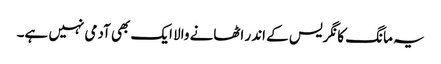
یہ مانگ کانگریس کے اندر اٹھانے والا ایک بھی آدمی نہیں ہے۔